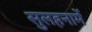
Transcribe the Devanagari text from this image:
सुलहनामें